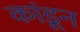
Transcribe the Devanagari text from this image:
कांडून